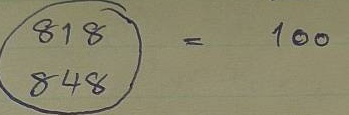
818 = 100
848 = 100